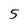
Character: 5